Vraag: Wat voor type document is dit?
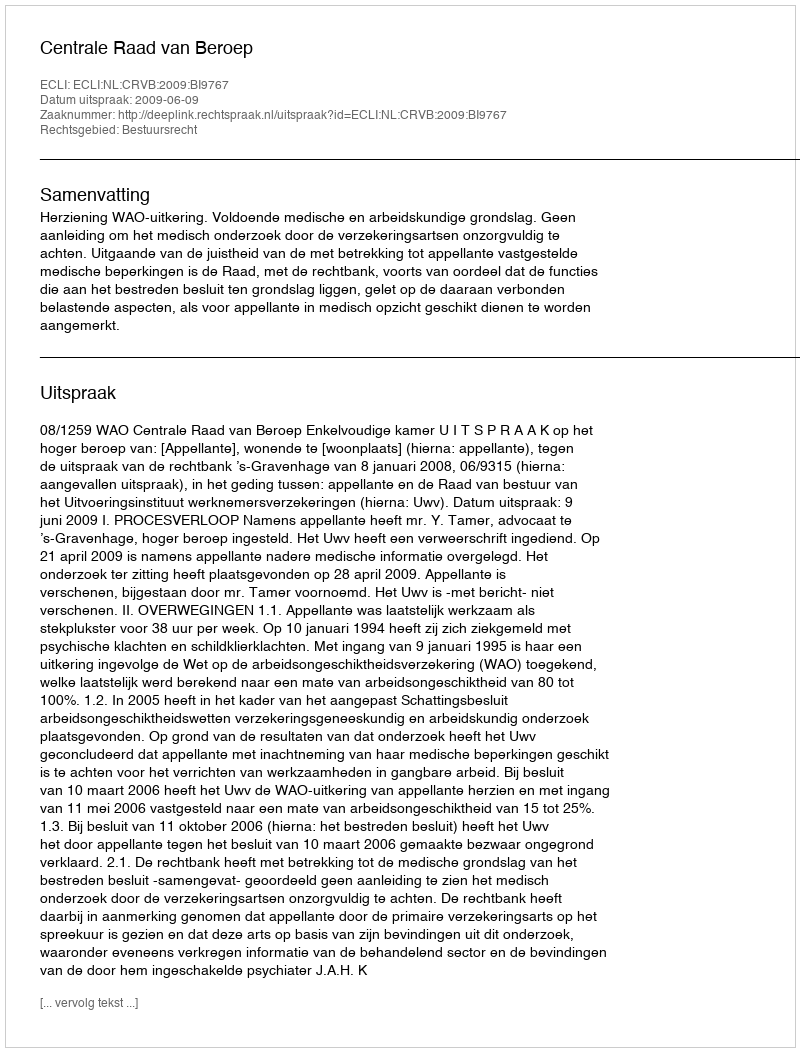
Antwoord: Uitspraak